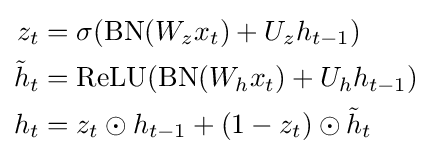
{\begin{aligned}z_{t}&=\sigma (\operatorname {BN} (W_{z}x_{t})+U_{z}h_{t-1})\\{\tilde {h}}_{t}&=\operatorname {ReLU} (\operatorname {BN} (W_{h}x_{t})+U_{h}h_{t-1})\\h_{t}&=z_{t}\odot h_{t-1}+(1-z_{t})\odot {\tilde {h}}_{t}\end{aligned}}